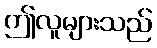
ဤလူများသည်